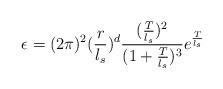
LaTeX: \begin{align*}\epsilon=(2\pi)^2(\frac{r}{l_s})^d\frac{(\frac{T}{l_s})^2}{(1+\frac{T}{l_s})^3}e^{\frac{T}{l_s}}\end{align*}